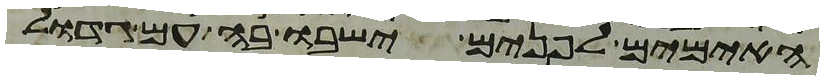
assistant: האימים לפנים ישבו בה עם גדול